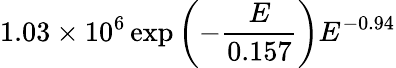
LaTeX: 1.03\times 10^{6}\exp\left(-\frac{E}{0.157}\right)E^{-0.94}